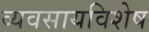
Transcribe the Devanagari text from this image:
व्यवसायविशेष